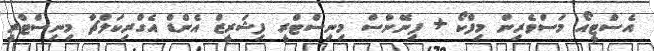
އެސްޓީއޯ މަސްވެރިން މިފްކޯ + ފިނޭންސް މިނިސްޓްރީ ފިޝަރީޒް އެންޑް އެގްރިކަލްޗާ މިނިސްޓްރީ